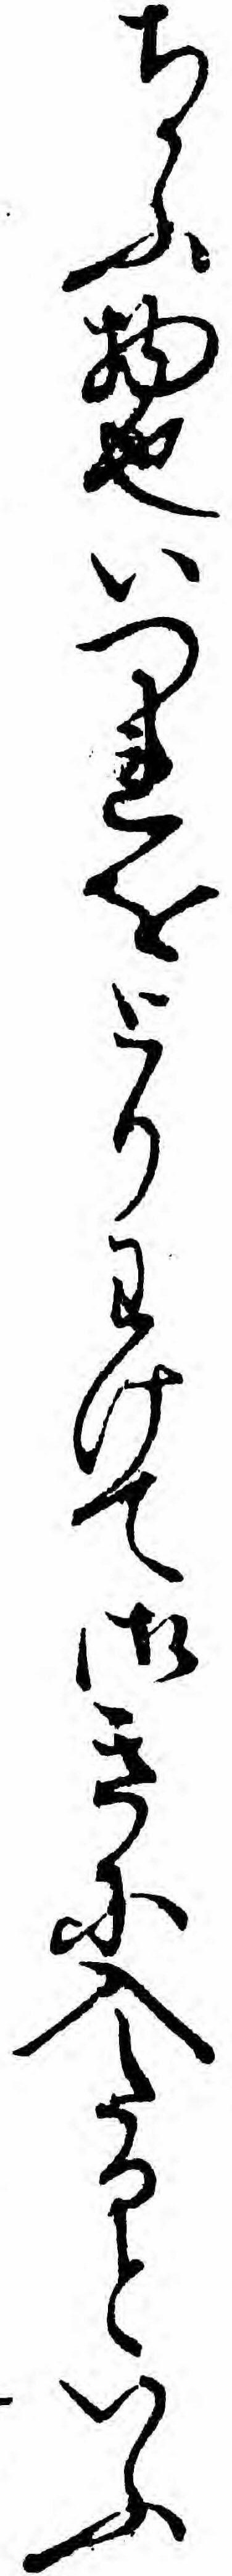
ちかふ物也いつれをとりわけて御きに入たるといふ